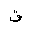
Letter: _qaf